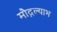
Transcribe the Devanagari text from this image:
मौद्गल्याभ